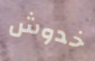
خدوش